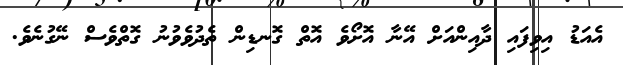
އެއަޑު އިވިފައި ދާއިންއަށް އޭނާ އޮށޯވެ އޮތް ގޮނޑިން ތެދުވެވުނު ގޮތްވެސް ނޭގުނެވެ.